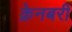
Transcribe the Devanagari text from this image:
क्रेनबरी